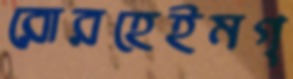
রোরহেইমগ্